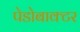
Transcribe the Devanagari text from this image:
पेडोबाक्टर